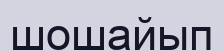
шошайып